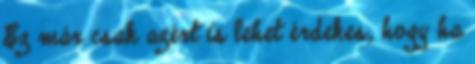
Ez már csak azért is lehet érdekes, hogy ha